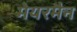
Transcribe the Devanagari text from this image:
मेयरमैन